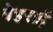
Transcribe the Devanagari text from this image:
वेहराई